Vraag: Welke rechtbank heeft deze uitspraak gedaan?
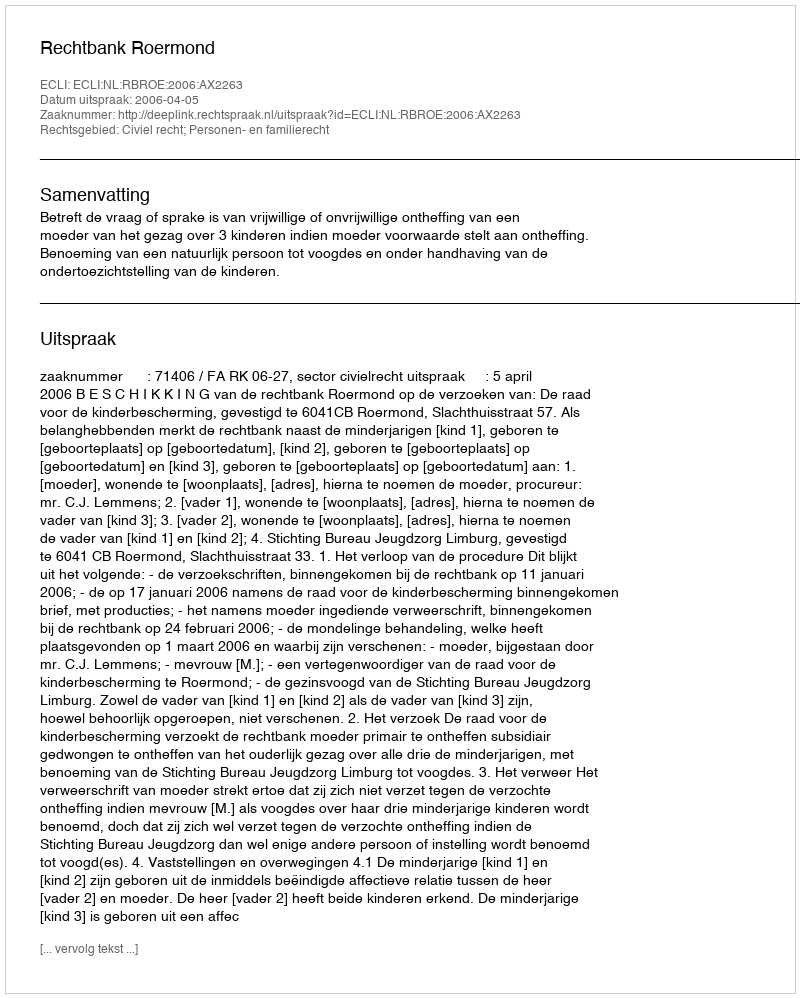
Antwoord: Rechtbank Roermond